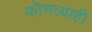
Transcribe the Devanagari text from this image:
कॊणत्याही